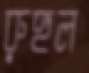
রুহুল